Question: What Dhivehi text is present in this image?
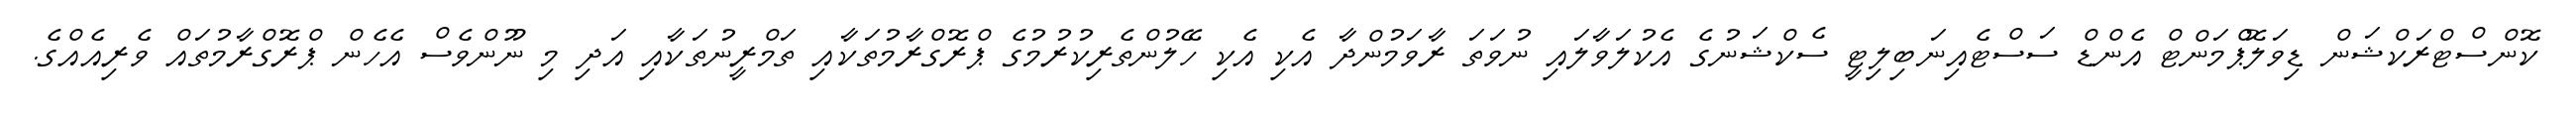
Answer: ކޮންސްޓްރަކްޝަން ޑިވަލޮޕްމަންޓް އެންޑް ސަސްޓެއިނަބިލިޓީ ސެކްޝަނުގެ އެކުލަވާލައި ނުވަތަ ރާވަމުންދާ އެކި އެކި ހޭލުންތެރިކުރުމުގެ ޕްރޮގްރާމުތަކާއި ތަމްރީނުތަކާއި އަދި މި ނޫންވެސް އެހެން ޕްރޮގްރާމުތައް ވެރިއެއްގެ.